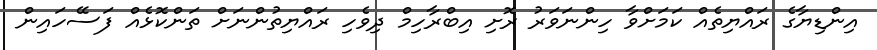
އިންޑިޔާގެ ރައްޔިތެއް ކަމަށްވާ ހިންނަވަރު ރޮށި އިބްރާހިމް ދިވެހި ރައްޔިތުންނަށް ތަންކޮޅެއް ފަސޭހައިން